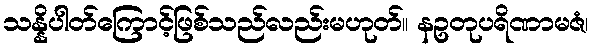
သန္နိပါတ်ကြောင့်ဖြစ်သည်လည်းမဟုတ်။ နဥတုပရိဏာမဇံ၊